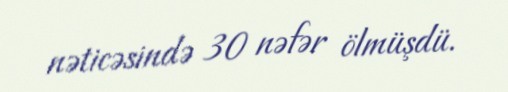
nəticəsində 30 nəfər ölmüşdü.